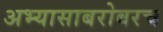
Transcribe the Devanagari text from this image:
अभ्यासाबरोबरच